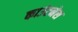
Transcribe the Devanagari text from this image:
काउंटनेस